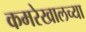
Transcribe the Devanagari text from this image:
कमरेखालच्या